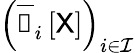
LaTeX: \left(\overline{{\boldsymbol{\mathscr{C}}}}_{i}\left[\mathsf{X}\right]\right)_{i\in\mathcal{I}}